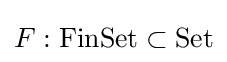
F:\operatorname {FinSet} \subset \operatorname {Set}